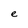
Character: e